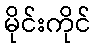
မိုင်းကိုင်